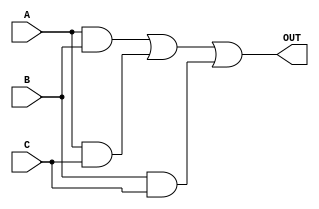
`timescale 1ns / 1ps
//Name: Michael Li
//PID: A12420469

module majority_voter(A,B,C,OUT);
	
	input A;
	input B;
	input C;
	
	output OUT;
	
	wire AB;
	wire AC;
	wire BC;
	
	assign AB = A & B;
	assign AC = A & C;
	assign BC = B & C;
	
	assign OUT = AB | AC | BC;
	
endmodule